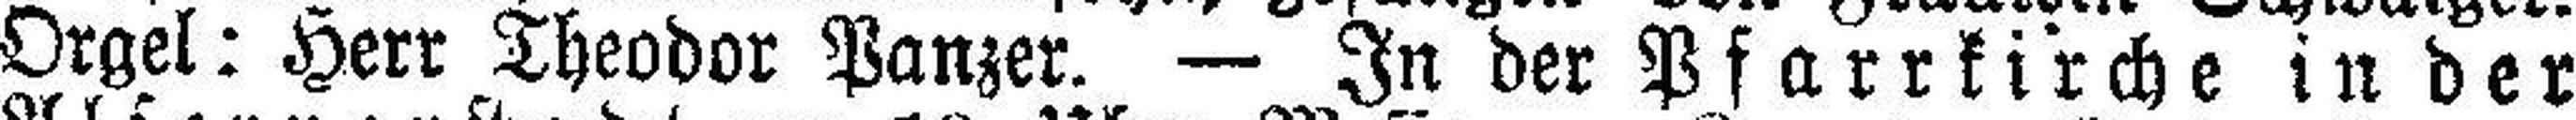
Orgel: Herr Theodor Panzer. — In der Pfarrkirche in der